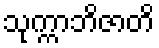
သုက္ကာဘိဇာတိ